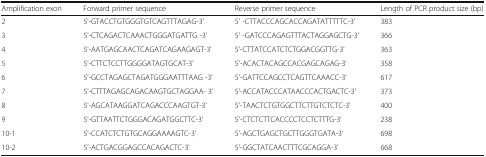
<table><thead><tr><td><b>Amplification exon</b></td><td><b>Forward primer sequence</b></td><td><b>Reverse primer sequence</b></td><td><b>Length of PCR product size (bp)</b></td></tr></thead><tbody><tr><td>2</td><td>5&#x27;-GTACCTGTGGGTGTCAGTTTAGAG-3&#x27;</td><td>5&#x27; -CTTACCCAGCACCAGATATTTTTC-3&#x27;</td><td>383</td></tr><tr><td>3</td><td>5&#x27;-CTCAGACTCAAACTGGGATGATTG -3&#x27;</td><td>5&#x27; -GATCCCAGAGTTTACTAGGAGCTG-3&#x27;</td><td>366</td></tr><tr><td>4</td><td>5&#x27;-AATGAGCAACTCAGATCAGAAGAGT-3&#x27;</td><td>5&#x27;-CTTATCCATCTCTGGACGGTTG-3&#x27;</td><td>363</td></tr><tr><td>5</td><td>5&#x27;-CTTCTCCTTGGGGATAGTGCAT-3&#x27;</td><td>5&#x27;-ACACTACAGCCACGAGCAGAG-3&#x27;</td><td>358</td></tr><tr><td>6</td><td>5&#x27;-GCCTAGAGCTAGATGGGAATTTAAG -3&#x27;</td><td>5&#x27;-GATTCCAGCCTCAGTTCAAACC-3&#x27;</td><td>617</td></tr><tr><td>7</td><td>5&#x27;-CTTTAGAGCAGACAAGTGCTAGGAA- 3&#x27;</td><td>5&#x27;-ACCATACCCATAACCCACTGACTC-3&#x27;</td><td>373</td></tr><tr><td>8</td><td>5&#x27;-AGCATAAGGATCAGACCCAAGTGT-3&#x27;</td><td>5&#x27;-TAACTCTGTGGCTTCTTGTCTCTC-3&#x27;</td><td>400</td></tr><tr><td>9</td><td>5&#x27;-GTTAATTCTGGGACAGATGGCTTC-3&#x27;</td><td>5&#x27;-CTCTCTTCACCCCTCCTCTTTG-3&#x27;</td><td>238</td></tr><tr><td>10-1</td><td>5&#x27;-CCATCTCTGTGCAGGAAAAGTC-3&#x27;</td><td>5&#x27;-AGCTGAGCTGCTTGGGTGATA-3&#x27;</td><td>698</td></tr><tr><td>10-2</td><td>5&#x27;-ACTGACGGAGCCACAGACTC-3&#x27;</td><td>5&#x27;-GGCTATCAACTTTCGCAGGA-3&#x27;</td><td>668</td></tr></tbody></table>